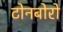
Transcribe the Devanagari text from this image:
टोनबोरो